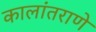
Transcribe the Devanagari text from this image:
कालांतराणे